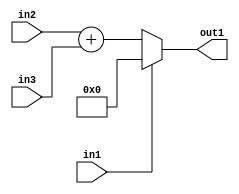
`timescale 1ps / 1ps
/*****************************************************************************
    Verilog RTL Description
    
    
    Created by: Stratus DpOpt 21.05.01 
*******************************************************************************/

module dut_entirecomputation_alt8_0 (
	in1,
	in2,
	in3,
	out1
	); /* architecture "behavioural" */ 
input  in1,
	in2;
input [6:0] in3;
output [7:0] out1;
wire [7:0] asc001,
	asc002;

assign asc002 = 
	+(in2)
	+(in3);

reg [7:0] asc001_tmp_0;
assign asc001 = asc001_tmp_0;
always @ (in1 or asc002) begin
	case (in1)
		1'B1 : asc001_tmp_0 = 8'B00000000 ;
		default : asc001_tmp_0 = asc002 ;
	endcase
end

assign out1 = asc001;
endmodule

/* CADENCE  uLn0Swk= : u9/ySxbfrwZIxEzHVQQV8Q== ** DO NOT EDIT THIS LINE ******/